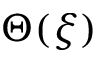
\Theta ( \xi )